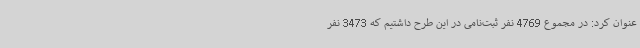
عنوان کرد: در مجموع 4769 نفر ثبت‌نامی در این طرح داشتیم که 3473 نفر